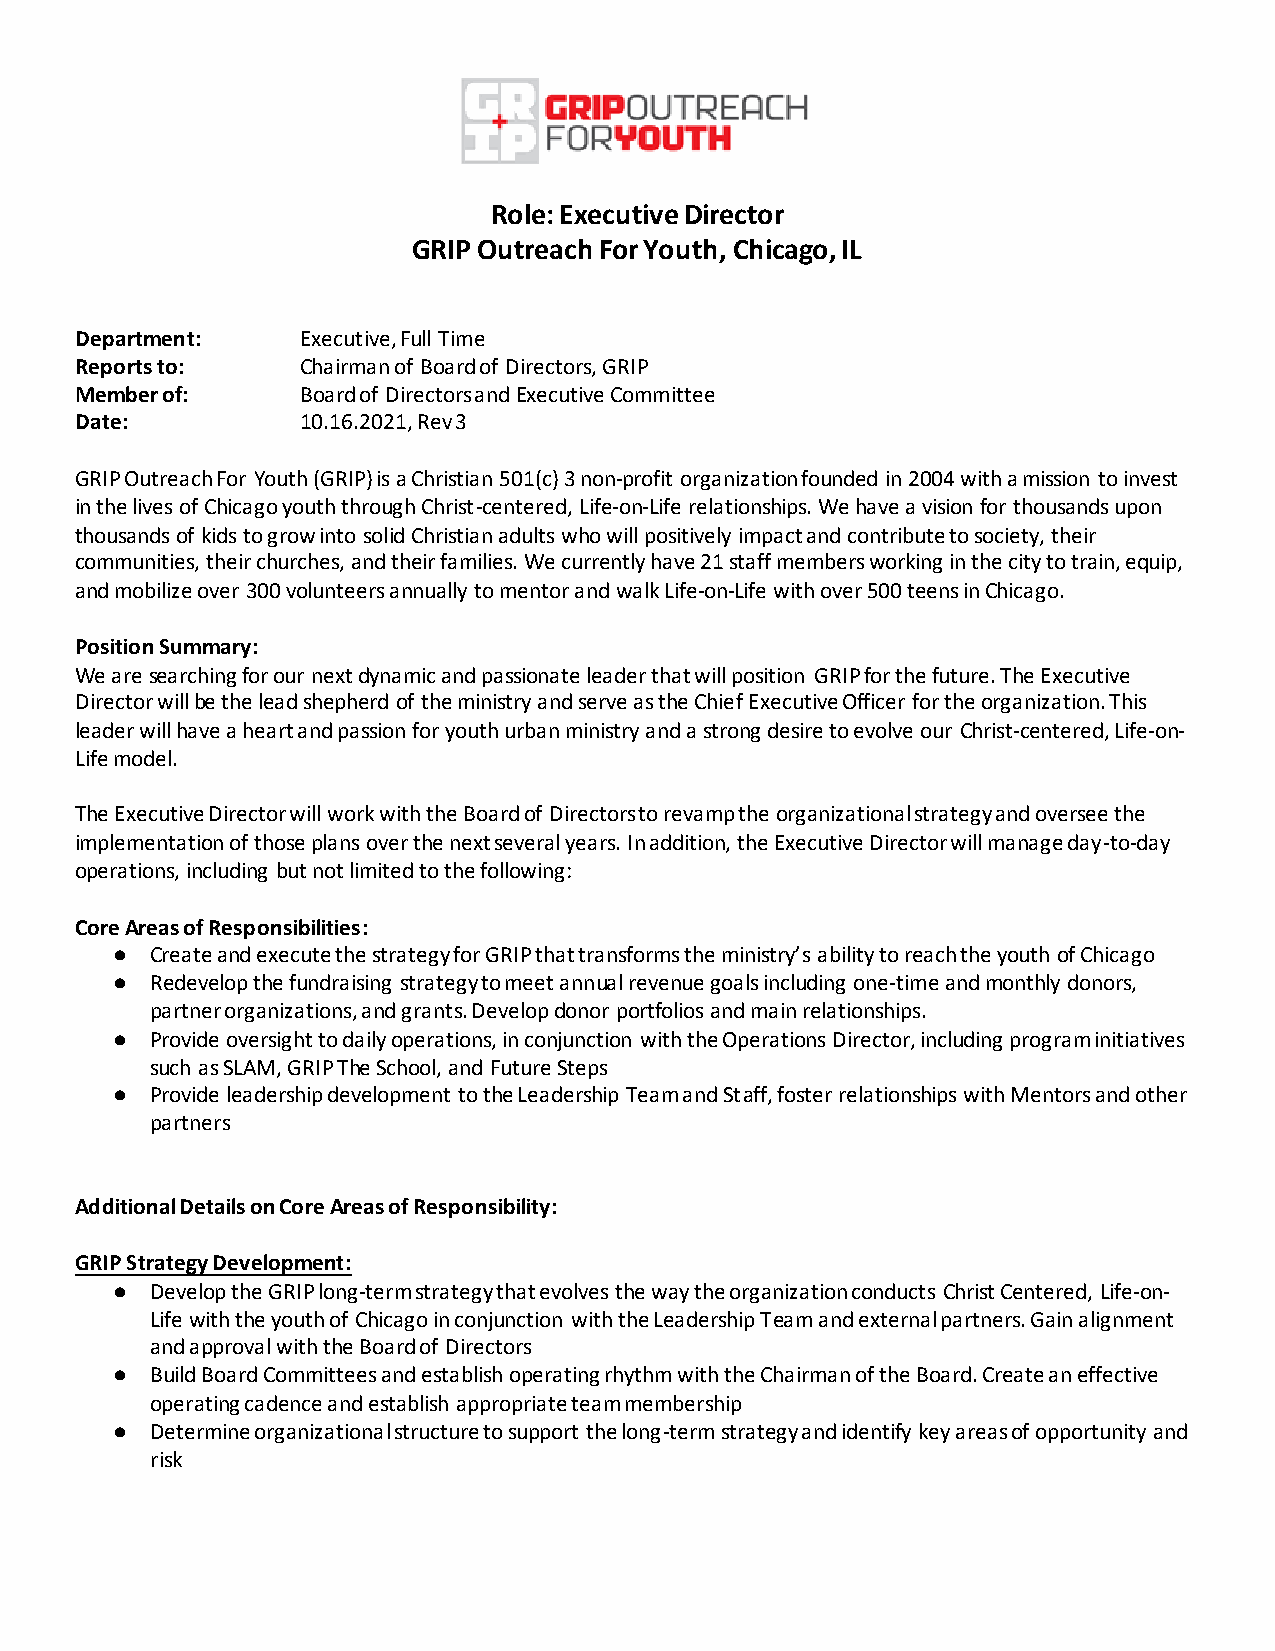
Role: Executive Director
 GRIP Outreach For Youth, Chicago, IL
 Department:    Executive, Full Time
 Reports to:    Chairman of Board of Directors, GRIP
 Member of:     Board of Directors and Executive Committee
 Date:          10.16.2021, Rev 3
 GRIP Outreach For Youth (GRIP) is a Christian 501(c) 3 non-profit organization founded in 2004 with a mission to invest
 in the lives of Chicago youth through Christ-centered, Life-on-Life relationships. We have a vision for thousands upon
 thousands of kids to grow into solid Christian adults who will positively impact and contribute to society, their
 communities, their churches, and their families. We currently have 21 staff members working in the city to train, equip,
 and mobilize over 300 volunteers annually to mentor and walk Life-on-Life with over 500 teens in Chicago.
 Position Summary:
 We are searching for our next dynamic and passionate leader that will position GRIP for the future. The Executive
 Director will be the lead shepherd of the ministry and serve as the Chief Executive Officer for the organization. This
 leader will have a heart and passion for youth urban ministry and a strong desire to evolve our Christ-centered, Life-on-
 Life model.
 The Executive Director will work with the Board of Directors to revamp the organizational strategy and oversee the
 implementation of those plans over the next several years. In addition, the Executive Director will manage day-to-day
 operations, including but not limited to the following:
 Core Areas of Responsibilities:
 ● Create and execute the strategy for GRIP that transforms the ministry’s ability to reach the youth of Chicago
 ● Redevelop the fundraising strategy to meet annual revenue goals including one-time and monthly donors,
 partner organizations, and grants. Develop donor portfolios and main relationships.
 ● Provide oversight to daily operations, in conjunction with the Operations Director, including program initiatives
 such as SLAM, GRIP The School, and Future Steps
 ● Provide leadership development to the Leadership Team and Staff, foster relationships with Mentors and other
 partners
 Additional Details on Core Areas of Responsibility:
 GRIP Strategy Development:
 ● Develop the GRIP long-term strategy that evolves the way the organization conducts Christ Centered, Life-on-
 Life with the youth of Chicago in conjunction with the Leadership Team and external partners. Gain alignment
 and approval with the Board of Directors
 ● Build Board Committees and establish operating rhythm with the Chairman of the Board. Create an effective
 operating cadence and establish appropriate team membership
 ● Determine organizational structure to support the long-term strategy and identify key areas of opportunity and
 risk